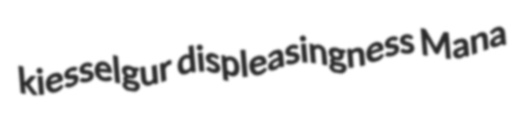
kiesselgur displeasingness Mana